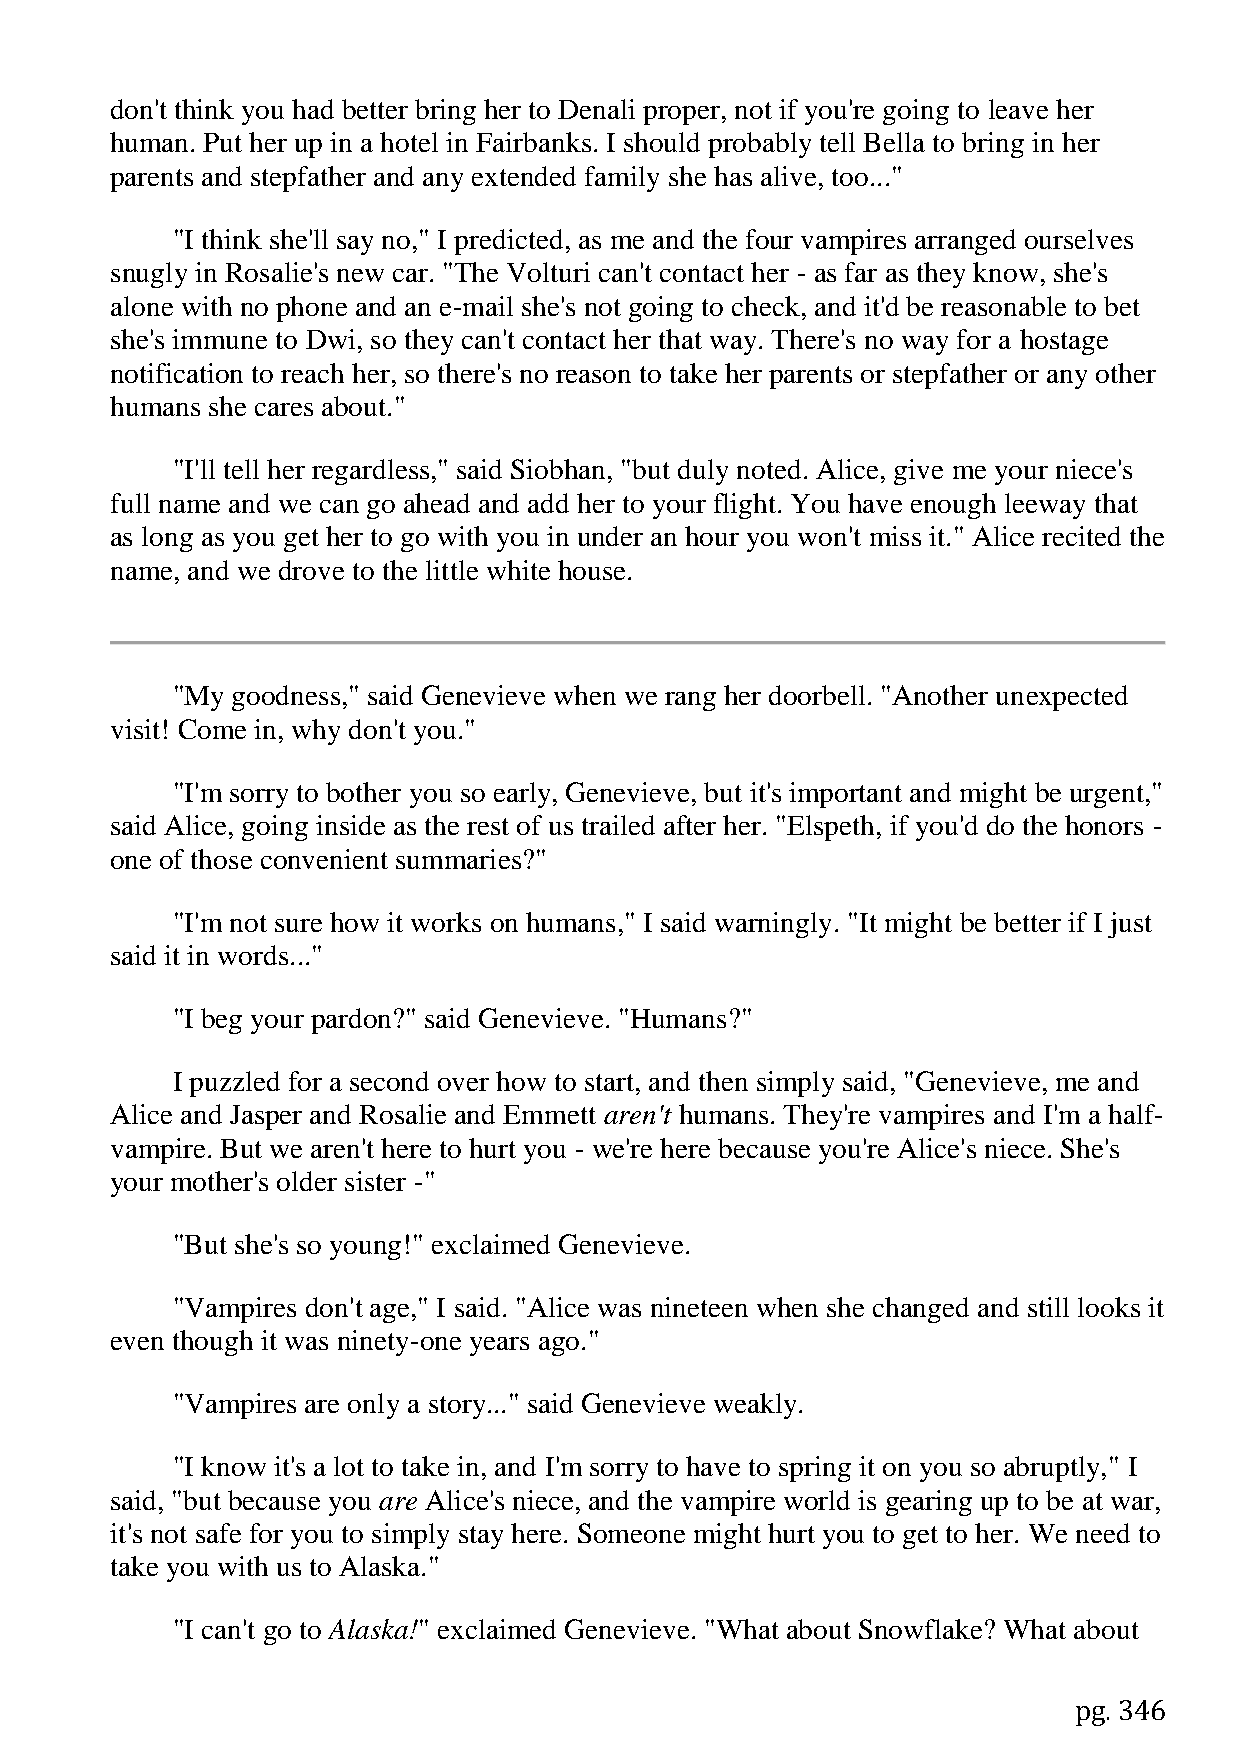
don't think you had better bring her to Denali proper, not if you're going to leave her
 human. Put her up in a hotel in Fairbanks. I should probably tell Bella to bring in her
 parents and stepfather and any extended family she has alive, too..."
 "I think she'll say no," I predicted, as me and the four vampires arranged ourselves
 snugly in Rosalie's new car. "The Volturi can't contact her - as far as they know, she's
 alone with no phone and an e-mail she's not going to check, and it'd be reasonable to bet
 she's immune to Dwi, so they can't contact her that way. There's no way for a hostage
 notification to reach her, so there's no reason to take her parents or stepfather or any other
 humans she cares about."
 "I'll tell her regardless," said Siobhan, "but duly noted. Alice, give me your niece's
 full name and we can go ahead and add her to your flight. You have enough leeway that
 as long as you get her to go with you in under an hour you won't miss it." Alice recited the
 name, and we drove to the little white house.
 "My goodness," said Genevieve when we rang her doorbell. "Another unexpected
 visit! Come in, why don't you."
 "I'm sorry to bother you so early, Genevieve, but it's important and might be urgent,"
 said Alice, going inside as the rest of us trailed after her. "Elspeth, if you'd do the honors -
 one of those convenient summaries?"
 "I'm not sure how it works on humans," I said warningly. "It might be better if I just
 said it in words..."
 "I beg your pardon?" said Genevieve. "Humans?"
 I puzzled for a second over how to start, and then simply said, "Genevieve, me and
 Alice and Jasper and Rosalie and Emmett aren't humans. They're vampires and I'm a half-
 vampire. But we aren't here to hurt you - we're here because you're Alice's niece. She's
 your mother's older sister -"
 "But she's so young!" exclaimed Genevieve.
 "Vampires don't age," I said. "Alice was nineteen when she changed and still looks it
 even though it was ninety-one years ago."
 "Vampires are only a story..." said Genevieve weakly.
 "I know it's a lot to take in, and I'm sorry to have to spring it on you so abruptly," I
 said, "but because you are Alice's niece, and the vampire world is gearing up to be at war,
 it's not safe for you to simply stay here. Someone might hurt you to get to her. We need to
 take you with us to Alaska."
 "I can't go to Alaska!" exclaimed Genevieve. "What about Snowflake? What about
 pg. 346